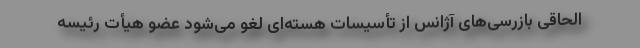
الحاقی بازرسی‌های آژانس از تأسیسات هسته‌ای لغو می‌شود عضو هیأت رئیسه